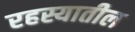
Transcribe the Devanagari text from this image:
रहस्यातील